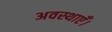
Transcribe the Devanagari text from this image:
अवस्थाएँ।